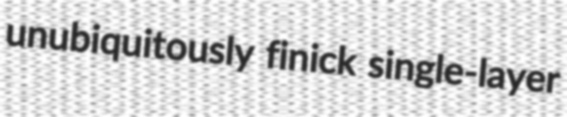
unubiquitously finick single-layer